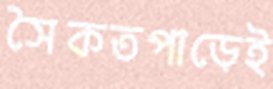
সৈকতপাড়েই